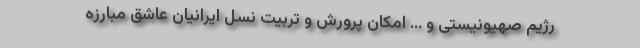
رژیم صهیونیستی و ... امکان پرورش و تربیت نسل ایرانیان عاشق مبارزه